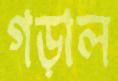
গড়াল